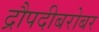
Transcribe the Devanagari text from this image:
द्रौपदीबरोबर